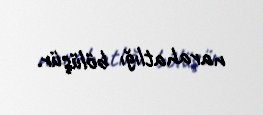
narahatlığı bölüşür.